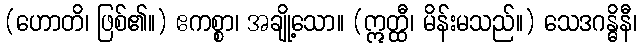
(ဟောတိ၊ ဖြစ်၏။) ဧကစ္စာ၊ အချို့သော။ (ဣတ္ထီ၊ မိန်းမသည်။) သေဒဂန္ဓိနီ၊